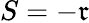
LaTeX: S=-\mathfrak{r}